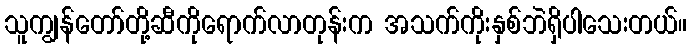
သူကျွန်တော်တို့ဆီကိုရောက်လာတုန်းက အသက်ကိုးနှစ်ဘဲရှိပါသေးတယ်။